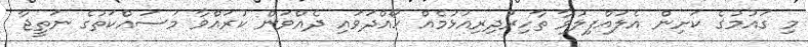
މި ގައުމުގެ ކަށިން އެލައްފިލުވާ ތާހިރުދިރިއުޅުމެއް ހޯއްދަވައި ދެއްވަން ކުރައްވާ މަސައްކަތުގެ ނަތީޖާ